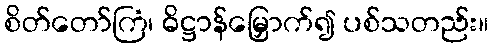
စိတ်တော်ကြံ၊ ဓိဋ္ဌာန်မြှောက်၍ ပစ်သတည်း။